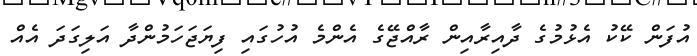
އުފަން ކޭކު އެޅުމުގެ ދާއިރާއިން ރާއްޖޭގެ އެންމެ އުހުގައި ފިޔަޖަހަމުންދާ އަލިގަދަ އެއް